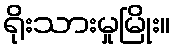
ရိုးသားမှုမြိုး။